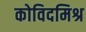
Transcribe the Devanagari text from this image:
कोविदमिश्र